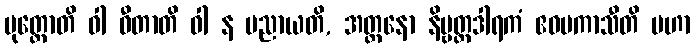
ပုတ္တောတိ ဝါ ဓီတာတိ ဝါ န ပညာယတိ, အတ္တနော နိဗ္ဗတ္တဒါရကံ ဧဝမကာသီတိ မဟာ